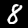
Digit: 8